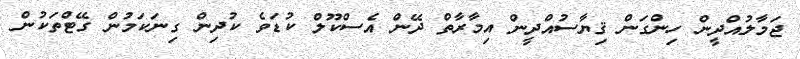
ޖަމާލުއްދީން ހިންގަން ޤިޔާސުއްދީން އިމާރާތް ދޭން އެސްކޫލް ކުޑަވެ ކުދިން ގިނަކަމުން ގޭޓްތަކުން